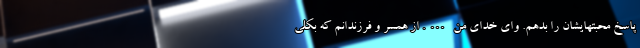
پاسخ محبتهایشان را بدهم. وای خدای من …. از همسر و فرزندانم که بکلی